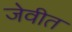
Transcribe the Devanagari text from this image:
जेवीत